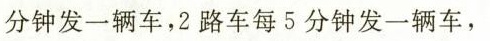
分钟发一辆车，2路车每5分钟发一辆车，